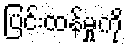
ပြင်းထန်မှုကို